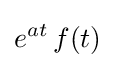
e^{at}\,f(t)